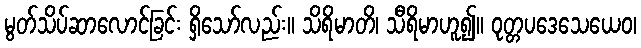
မွတ်သိပ်ဆာလောင်ခြင်း ရှိသော်လည်း။ သိရိမာတိ၊ သီရိမာဟူ၍။ ဝုတ္တပဒေသေယေဝ၊